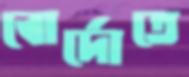
বোর্দোতে